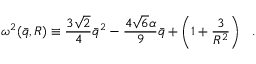
\omega ^ { 2 } ( { \bar { q } } , R ) \equiv { \frac { 3 \sqrt { 2 } } { 4 } } { \bar { q } } ^ { 2 } - { \frac { 4 \sqrt { 6 } \alpha } { 9 } } { \bar { q } } + \left( 1 + { \frac { 3 } { R ^ { 2 } } } \right) ~ ~ .